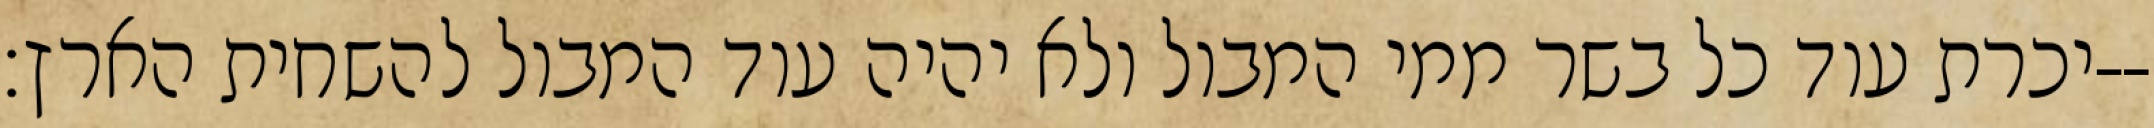
יכרת עוד כל בשר ממי המבול ולא יהיה עוד המבול להשחית הארץ׃--